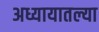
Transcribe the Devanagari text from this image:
अध्यायातल्या